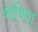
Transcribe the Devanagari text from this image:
योषिता